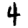
Digit: 4